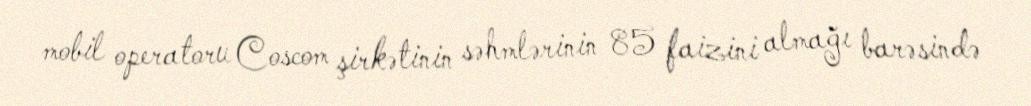
mobil operatoru Coscom şirkətinin səhmlərinin 85 faizini almağı barəsində